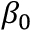
\beta _ { 0 }